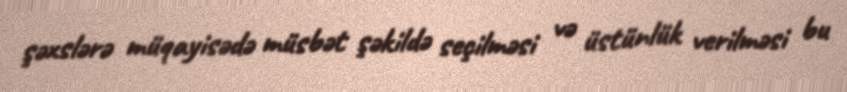
şəxslərə müqayisədə müsbət şəkildə seçilməsi və üstünlük verilməsi bu